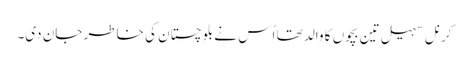
کرنل سہیل تین بچوں کا والد تھا اُس نے بلوچستان کی خاطر جان دی۔